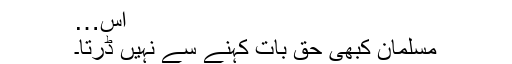
اس…
مسلمان کبھی حق بات کہنے سے نہیں ڈرتا۔